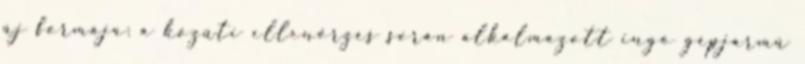
új formája: a közúti ellenőrzés során alkalmazott ingó gépjármű